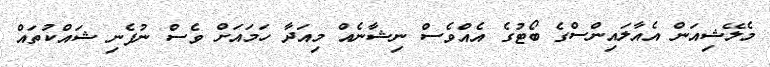
މެލޭޝިއަން އެއާލައިންސްގެ ބޯޓުގެ އެއްވެސް ނިޝާނެއް މިއަދާ ހަމައަށް ވެސް ނުފެނި ޝައްކުތައް